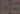
BB